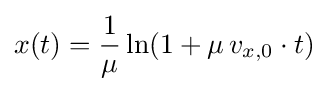
x(t)={\frac {1}{\mu }}\ln(1+\mu \,v_{x,0}\cdot t)